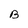
Character: B